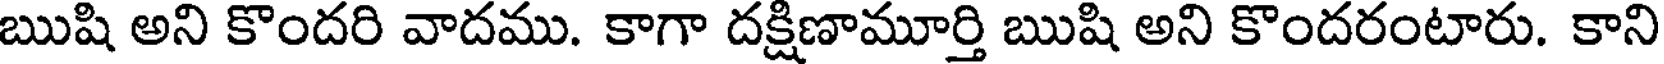
ఋషి అని కొందరి వాదము. కాగా దక్షిణామూర్తి ఋషి అని కొందరంటారు. కాని